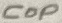
Text: Cop